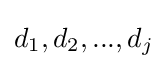
{d_{1},d_{2},...,d_{j}}